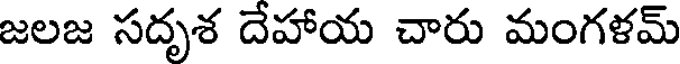
జలజ సదృశ దేహాయ చారు మంగళమ్